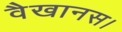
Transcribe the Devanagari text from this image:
वैखानस।